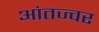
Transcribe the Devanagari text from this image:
आंतज्वर